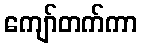
ကျော်တက်ကာ